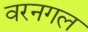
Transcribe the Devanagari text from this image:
वरनगल